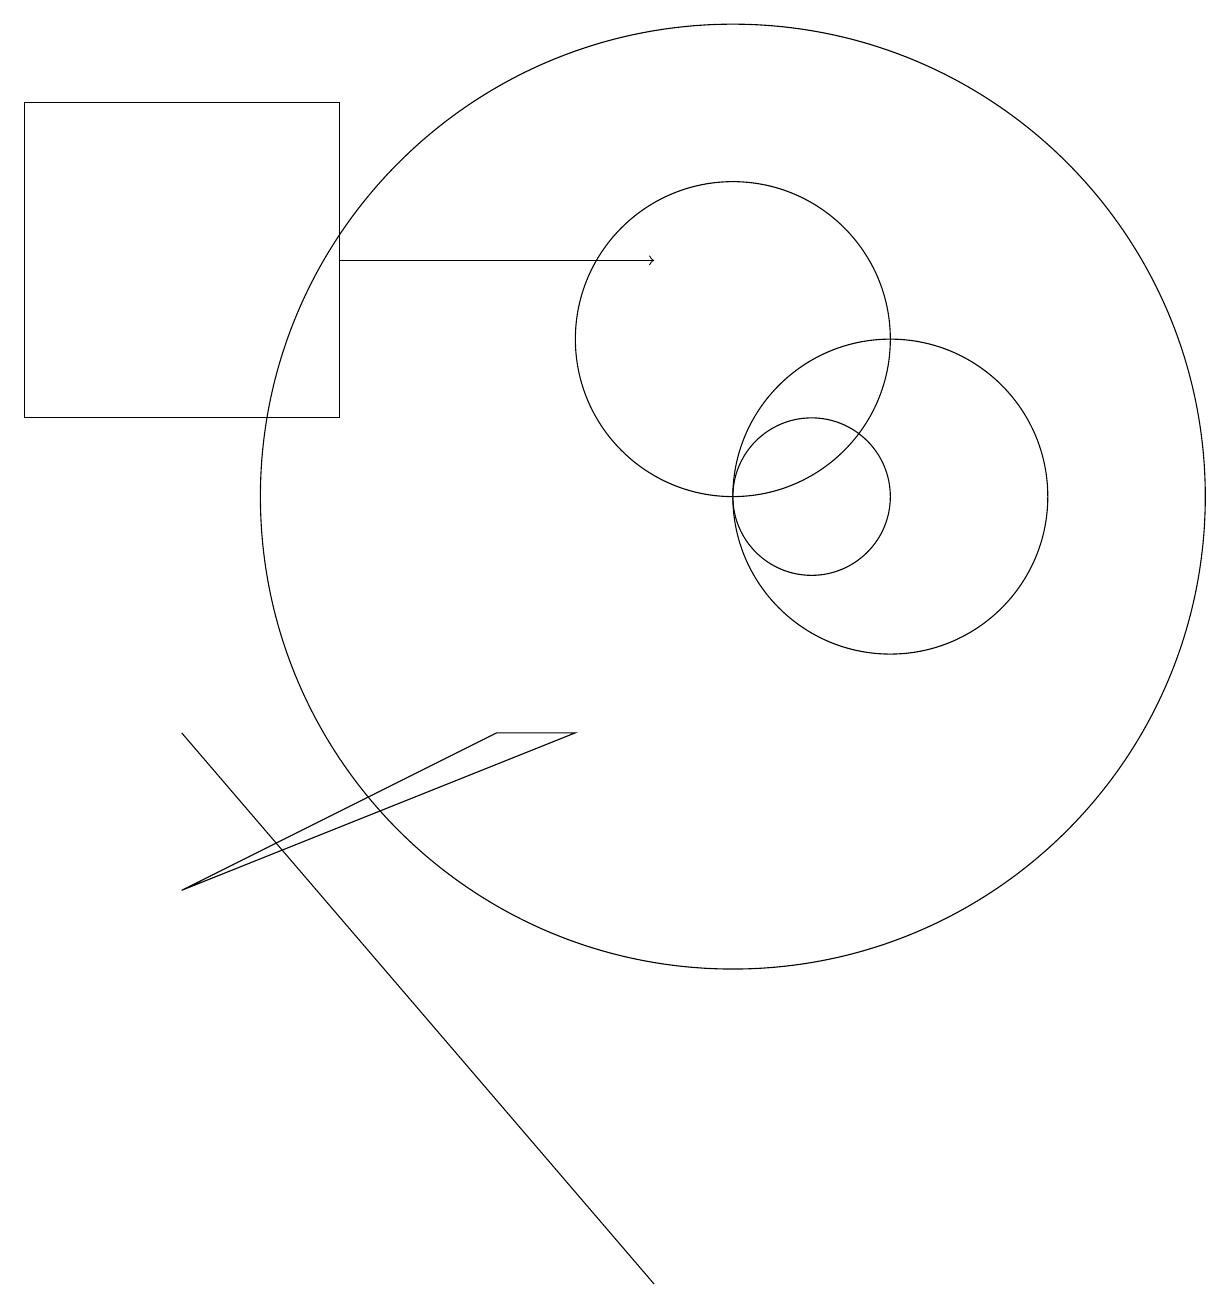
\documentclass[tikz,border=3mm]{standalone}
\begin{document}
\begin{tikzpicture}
\draw[->] (5,13) -- (9,13);
\draw (1,11) rectangle (5,15);
\draw (11,10) circle (1);
\draw (10,12) circle (2);
\draw (9,0) -- (3,7) -- (9,0) -- cycle;
\draw (7,7) -- (3,5) -- (8,7) -- cycle;
\draw (10,10) circle (6);
\draw (12,10) circle (2);
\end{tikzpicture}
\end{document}